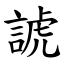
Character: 諕